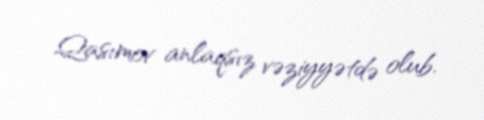
Qasımov anlaqsız vəziyyətdə olub.